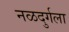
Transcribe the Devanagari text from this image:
नळदुर्गला